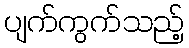
ပျက်ကွက်သည့်